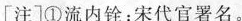
[注]①流内铨：宋代官署名。